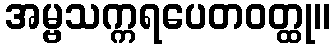
အမ္ဗသက္ကရပေတဝတ္ထု။